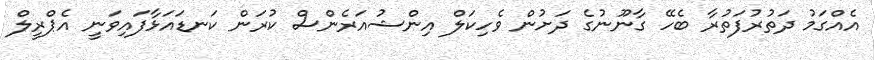
އެއްގަމު ދަތުރުފަތުރާ ބެހޭ ގާނޫނުގެ ދަށުން ވެހިކަލް އިންޝުއަރެންސް ކުރަން ކަނޑައަޅާފައިވަނީ އެޕްރީލް